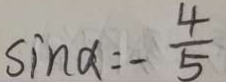
\sin \alpha = - \frac { 4 } { 5 }